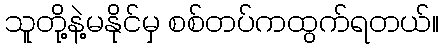
သူတို့နဲ့မနိုင်မှ စစ်တပ်ကထွက်ရတယ်။